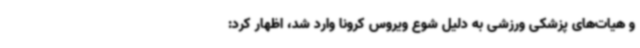
و هیات‌های پزشکی ورزشی به دلیل شوع ویروس کرونا وارد شد، اظهار کرد: